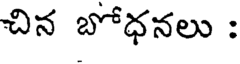
చిన బోధనలు :